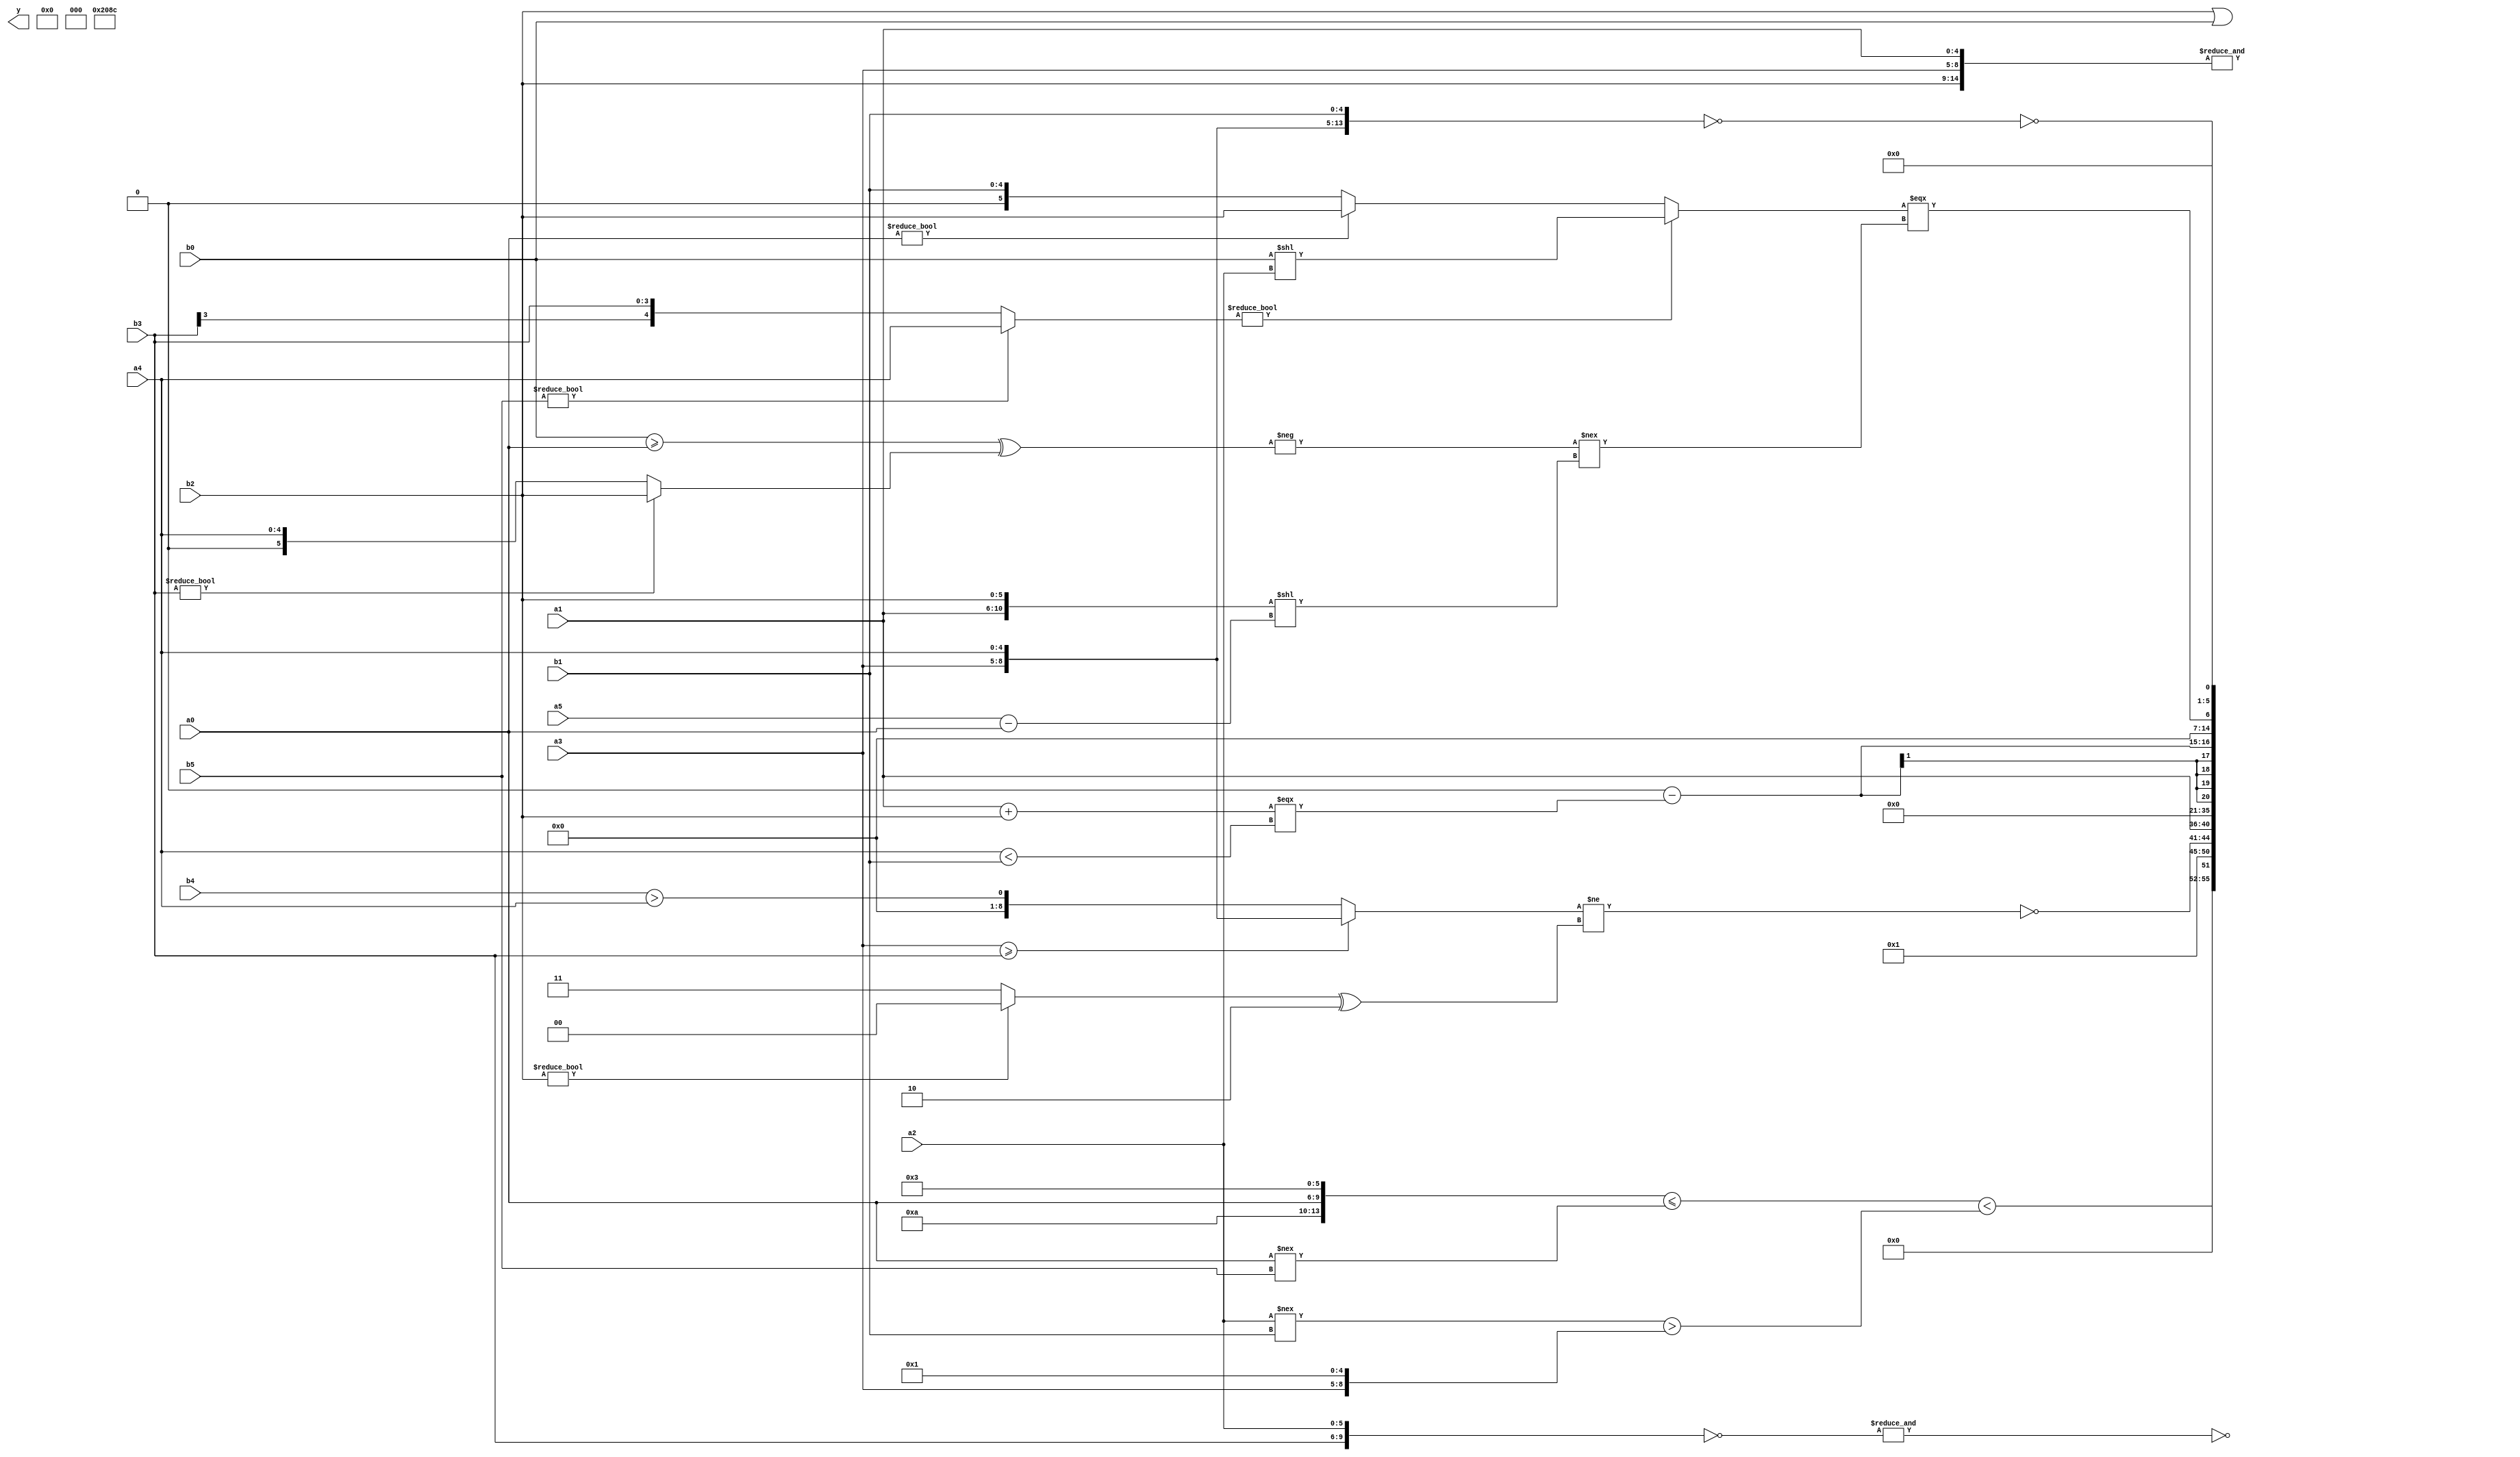
module expression_00872(a0, a1, a2, a3, a4, a5, b0, b1, b2, b3, b4, b5, y);
  input [3:0] a0;
  input [4:0] a1;
  input [5:0] a2;
  input signed [3:0] a3;
  input signed [4:0] a4;
  input signed [5:0] a5;

  input [3:0] b0;
  input [4:0] b1;
  input [5:0] b2;
  input signed [3:0] b3;
  input signed [4:0] b4;
  input signed [5:0] b5;

  wire [3:0] y0;
  wire [4:0] y1;
  wire [5:0] y2;
  wire signed [3:0] y3;
  wire signed [4:0] y4;
  wire signed [5:0] y5;
  wire [3:0] y6;
  wire [4:0] y7;
  wire [5:0] y8;
  wire signed [3:0] y9;
  wire signed [4:0] y10;
  wire signed [5:0] y11;
  wire [3:0] y12;
  wire [4:0] y13;
  wire [5:0] y14;
  wire signed [3:0] y15;
  wire signed [4:0] y16;
  wire signed [5:0] y17;

  output [89:0] y;
  assign y = {y0,y1,y2,y3,y4,y5,y6,y7,y8,y9,y10,y11,y12,y13,y14,y15,y16,y17};

  localparam [3:0] p0 = {((4'd10)!==(4'd1)),((-4'sd7)?(2'd1):(2'sd0))};
  localparam [4:0] p1 = (^(4'sd7));
  localparam [5:0] p2 = ((3'd4)?(2'd3):(5'd24));
  localparam signed [3:0] p3 = ((2'sd1)==(-4'sd3));
  localparam signed [4:0] p4 = (-5'sd4);
  localparam signed [5:0] p5 = {(((4'd14)||(2'sd0))?((5'sd6)?(2'sd0):(-3'sd0)):(6'd2 * (4'd4))),(((3'd7)>>>(3'sd1))&{(5'd7),(2'd3)})};
  localparam [3:0] p6 = {3{(5'sd10)}};
  localparam [4:0] p7 = (^((^((2'sd0)&(2'd1)))<<{(4'd13),(4'd6),(2'd0)}));
  localparam [5:0] p8 = (~{((5'd2)?(2'sd0):(4'd7)),(~&(4'd13)),((3'd6)?(4'sd7):(-2'sd1))});
  localparam signed [3:0] p9 = (~|((+((-5'sd6)<<<(5'd23)))?(|((2'd1)===(4'sd6))):((4'd2)?(5'd19):(5'sd11))));
  localparam signed [4:0] p10 = (|(|{3{(&(~|((5'sd7)?(-5'sd2):(3'sd3))))}}));
  localparam signed [5:0] p11 = (&(!(~|(&(3'd3)))));
  localparam [3:0] p12 = {{{{{(-4'sd5),(5'sd9),(2'd3)},{(2'sd1)},{(4'sd3)}}},{{{(2'sd0)},{(5'd23)},{(4'd15)}}}}};
  localparam [4:0] p13 = (-4'sd6);
  localparam [5:0] p14 = ({4{(2'sd0)}}^~(5'sd2));
  localparam signed [3:0] p15 = (!(^{3{(~^(-5'sd13))}}));
  localparam signed [4:0] p16 = (~|{((~|(5'd6))-((2'd3)>(3'd4))),(~&((-5'sd14)>=(2'd0)))});
  localparam signed [5:0] p17 = (~^((((-3'sd1)?(-2'sd1):(2'sd1))!={(3'd3),(-4'sd5),(2'd3)})|(&(~&((-5'sd12)===(-3'sd0))))));

  assign y0 = (b2||b0);
  assign y1 = {p15};
  assign y2 = ({1{(4'd14)}}?$unsigned((p17?p2:p16)):(5'sd6));
  assign y3 = (~&(-(2'd3)));
  assign y4 = $signed({$signed((4'sd4)),(!(~&$signed({a3,a1,b2}))),(~&(~{b3,a2}))});
  assign y5 = (&{(6'd2 * (b0?a0:b1)),{1{(a1>>p1)}},((b1^p12)==(|b1))});
  assign y6 = ((((b3+b2)!==(b1+b1))>>>(p0?p3:p8))<((+(&(a3?a2:a2)))>>>((p6/p11)>>(p4?p16:p13))));
  assign y7 = (({p6,a0,p5}<=(|(a0!==b5)))<((a2!==b1)>{p17,a3,p1}));
  assign y8 = (&(~&{3{(~|{p5,p16,p15})}}));
  assign y9 = (~{(((a3>=b3)?{a3,a4}:(b4>a4))!=((b2?p11:p5)^(4'sd2)))});
  assign y10 = {(^(^{a4,p17,p12})),$unsigned((&(~|b2))),{(p17&&b2),(a1)}};
  assign y11 = (~|({(!(-4'sd3)),(-2'sd1)}?{1{(~^(~^(-4'sd5)))}}:(-({1{a3}}?(~&a0):(~&a2)))));
  assign y12 = (|((!(~&((~|p17)>>>(p5||p5))))<<{4{{1{p7}}}}));
  assign y13 = (~&(-(~&p1)));
  assign y14 = ((((p4<p1)<<<(p0^~p11))-($signed((a1+b2))===$signed((a4<b1)))));
  assign y15 = (-2'sd0);
  assign y16 = (((b5?a4:b3)?(b0<<a2):(a0?b2:b1))===((-((b0>=a0)^(b3?b2:a4)))!==({a1,b2}<<(a5-a0))));
  assign y17 = {(~^(!{a3,a4,b1}))};
endmodule